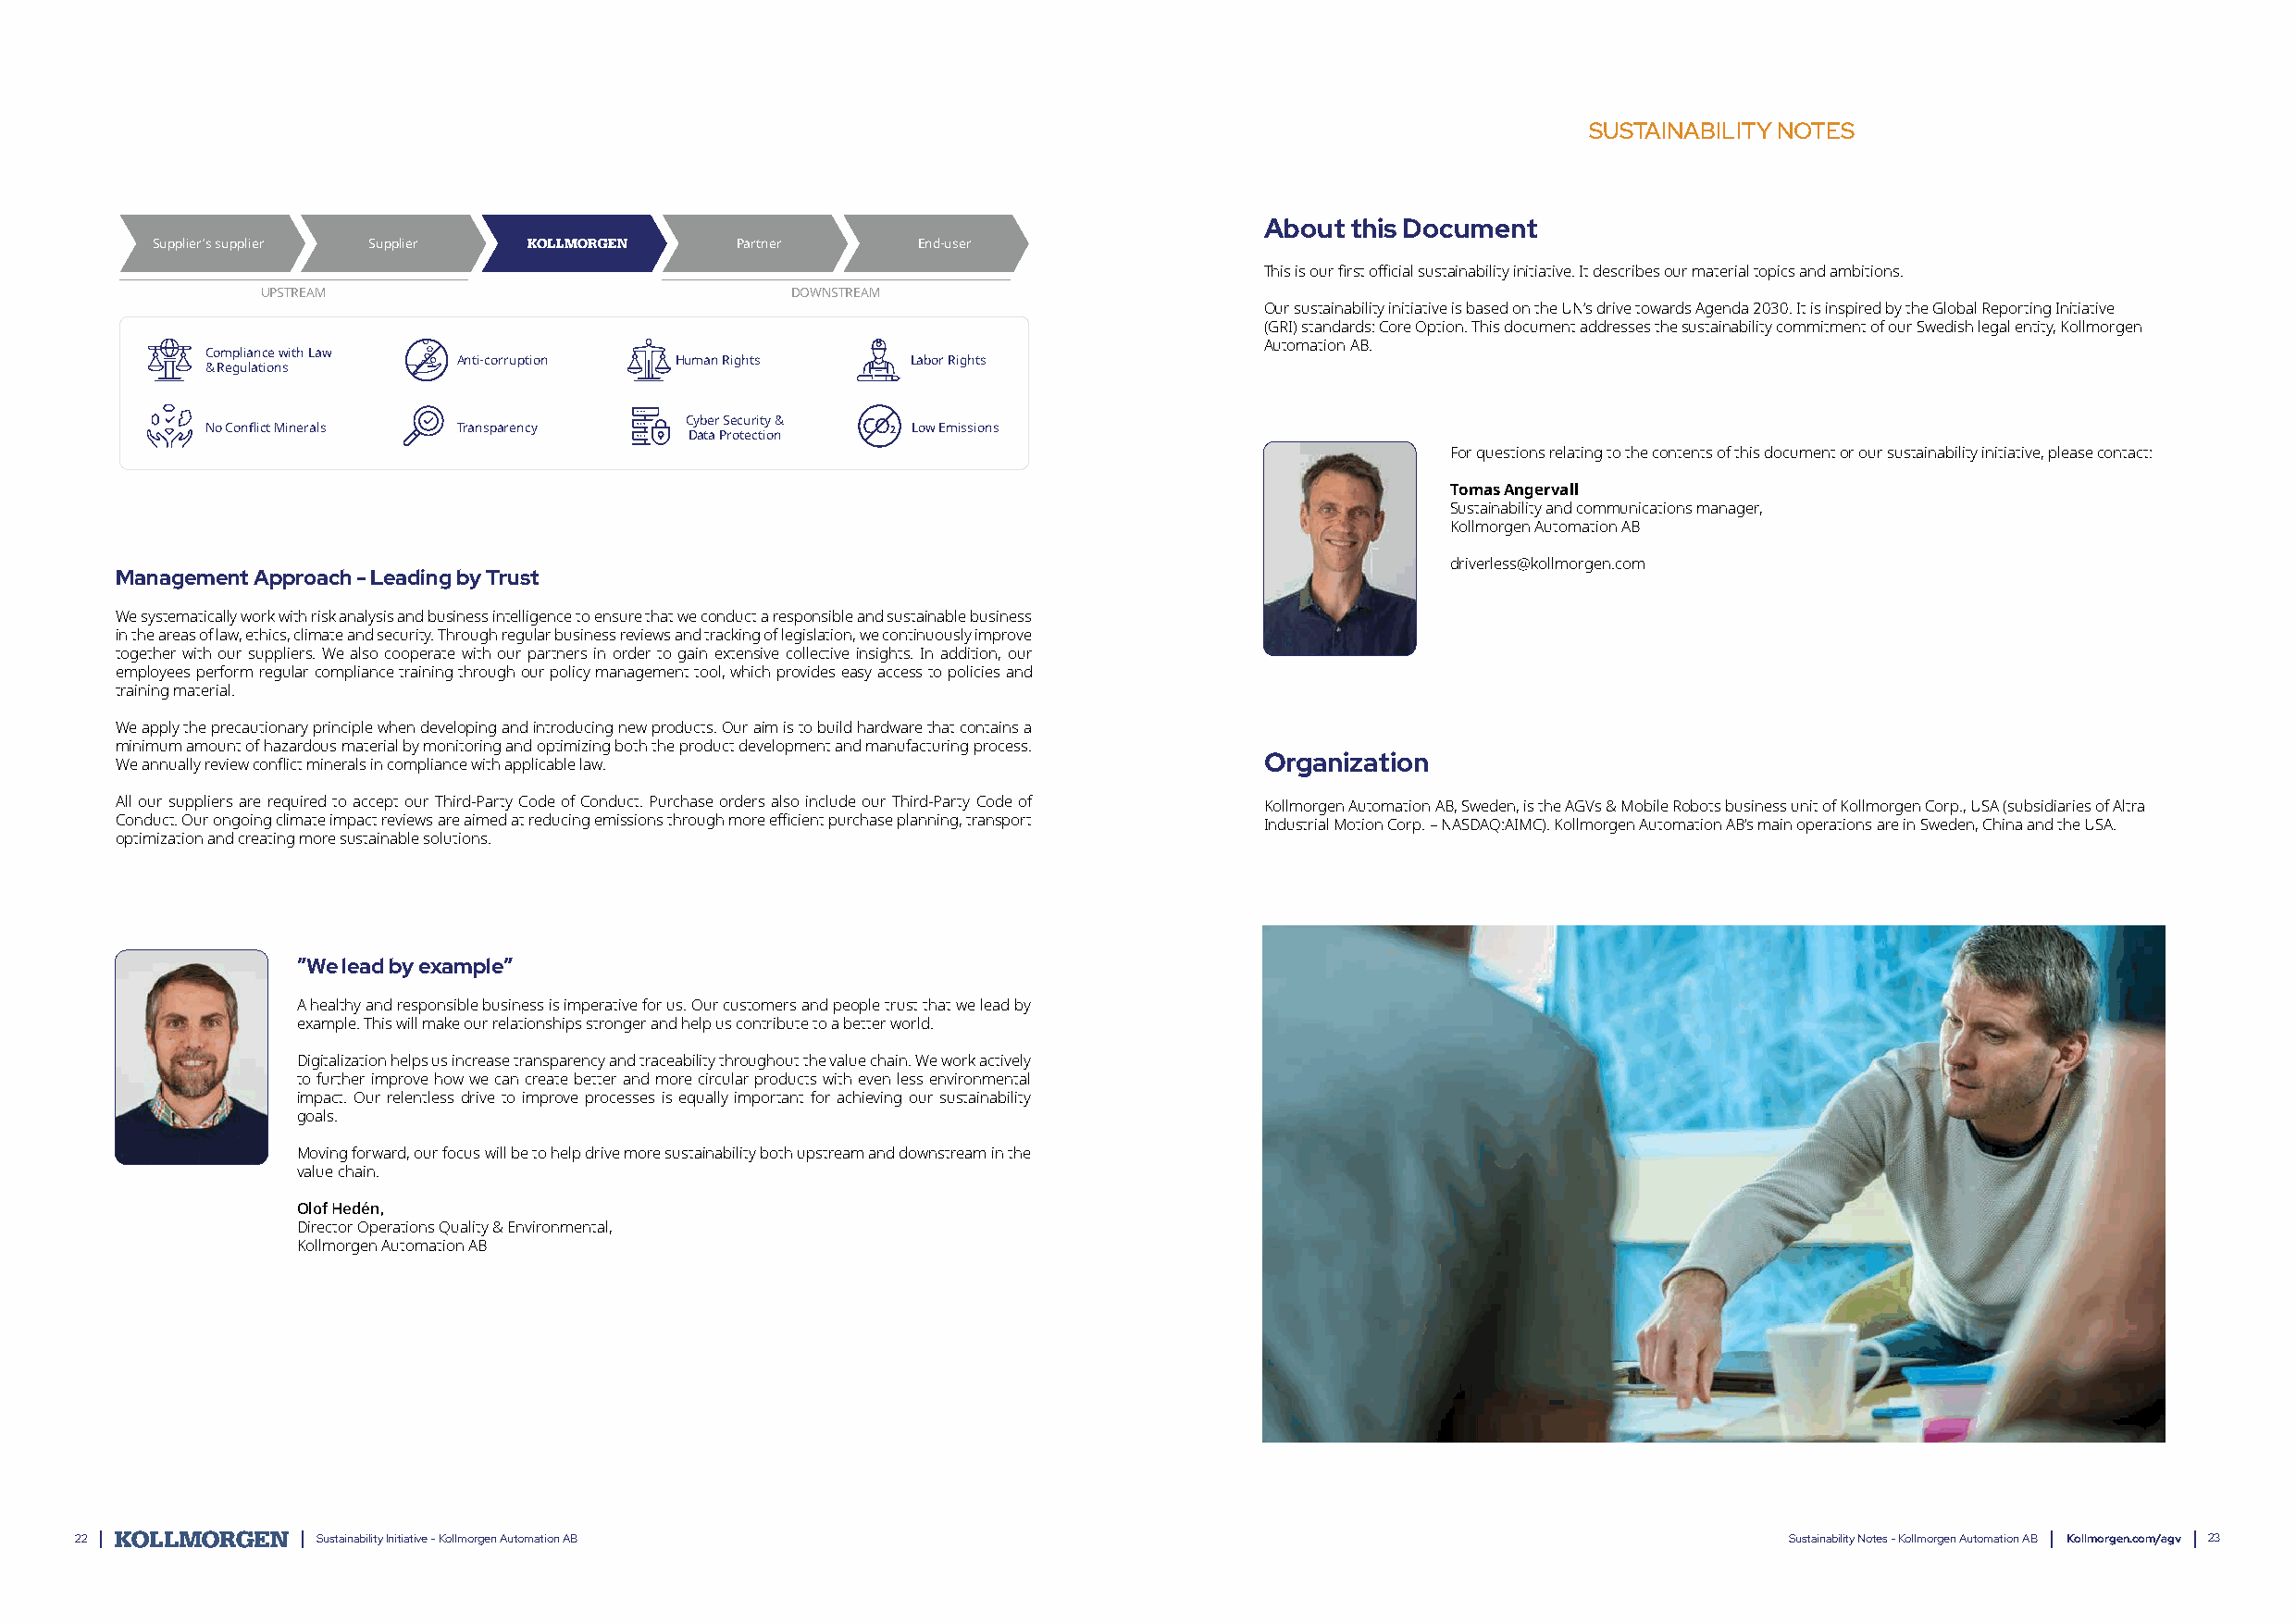
SUSTAINABILITY NOTES
 About  this Document
 Supplier’s supplier Supplier              Partner      End-user
 This is our first official sustainability initiative. It describes our material topics and ambitions.
 UPSTREAM                              DOWNSTREAM
 Our sustainability initiative is based on the UN’s drive towards Agenda 2030. It is inspired by the Global Reporting Initiative
 (GRI) standards: Core Option. This document addresses the sustainability commitment of our Swedish legal entity, Kollmorgen
 Automation AB.
 Compliance with Law
 Anti-corruption Human Rights    Labor Rights
 & Regulations
 No Conflict Minerals Transparency C Dy ab te ar P S re oc tu er ci tt iy o n& CO 2 Low Emissions
 For questions relating to the contents of this document or our sustainability initiative, please contact:
 Tomas Angervall
 Sustainability and communications manager,
 Kollmorgen Automation AB
 driverless@kollmorgen.com
 Management Approach - Leading by Trust
 We systematically work with risk analysis and business intelligence to ensure that we conduct a responsible and sustainable business
 in the areas of law, ethics, climate and security. Through regular business reviews and tracking of legislation, we continuously improve
 together with our suppliers. We also cooperate with our partners in order to gain extensive collective insights. In addition, our
 employees perform regular compliance training through our policy management tool, which provides easy access to policies and
 training material.
 We apply the precautionary principle when developing and introducing new products. Our aim is to build hardware that contains a
 minimum amount of hazardous material by monitoring and optimizing both the product development and manufacturing process.
 Organization
 We annually review conflict minerals in compliance with applicable law.
 All our suppliers are required to accept our Third-Party Code of Conduct. Purchase orders also include our Third-Party Code of Kollmorgen Automation AB, Sweden, is the AGVs & Mobile Robots business unit of Kollmorgen Corp., USA (subsidiaries of Altra
 Conduct. Our ongoing climate impact reviews are aimed at reducing emissions through more efficient purchase planning, transport Industrial Motion Corp. – NASDAQ:AIMC). Kollmorgen Automation AB’s main operations are in Sweden, China and the USA.
 optimization and creating more sustainable solutions.
 ”We lead by example”
 A healthy and responsible business is imperative for us. Our customers and people trust that we lead by
 example. This will make our relationships stronger and help us contribute to a better world.
 Digitalization helps us increase transparency and traceability throughout the value chain. We work actively
 to further improve how we can create better and more circular products with even less environmental
 impact. Our relentless drive to improve processes is equally important for achieving our sustainability
 goals.
 Moving forward, our focus will be to help drive more sustainability both upstream and downstream in the
 value chain.
 Olof Hedén,
 Director Operations Quality & Environmental,
 Kollmorgen Automation AB
 22                Sustainability Initiative - Kollmorgen Automation AB                                                     Sustainability Notes - Kollmorgen Automation AB Kollmorgen.com/agv 23